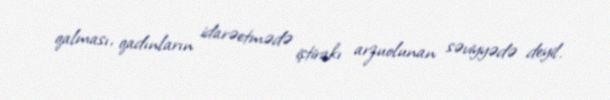
qalması, qadınların idarəetmədə iştirakı arzuolunan səviyyədə deyil.